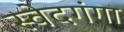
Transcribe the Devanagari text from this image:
स्वेदगंगा